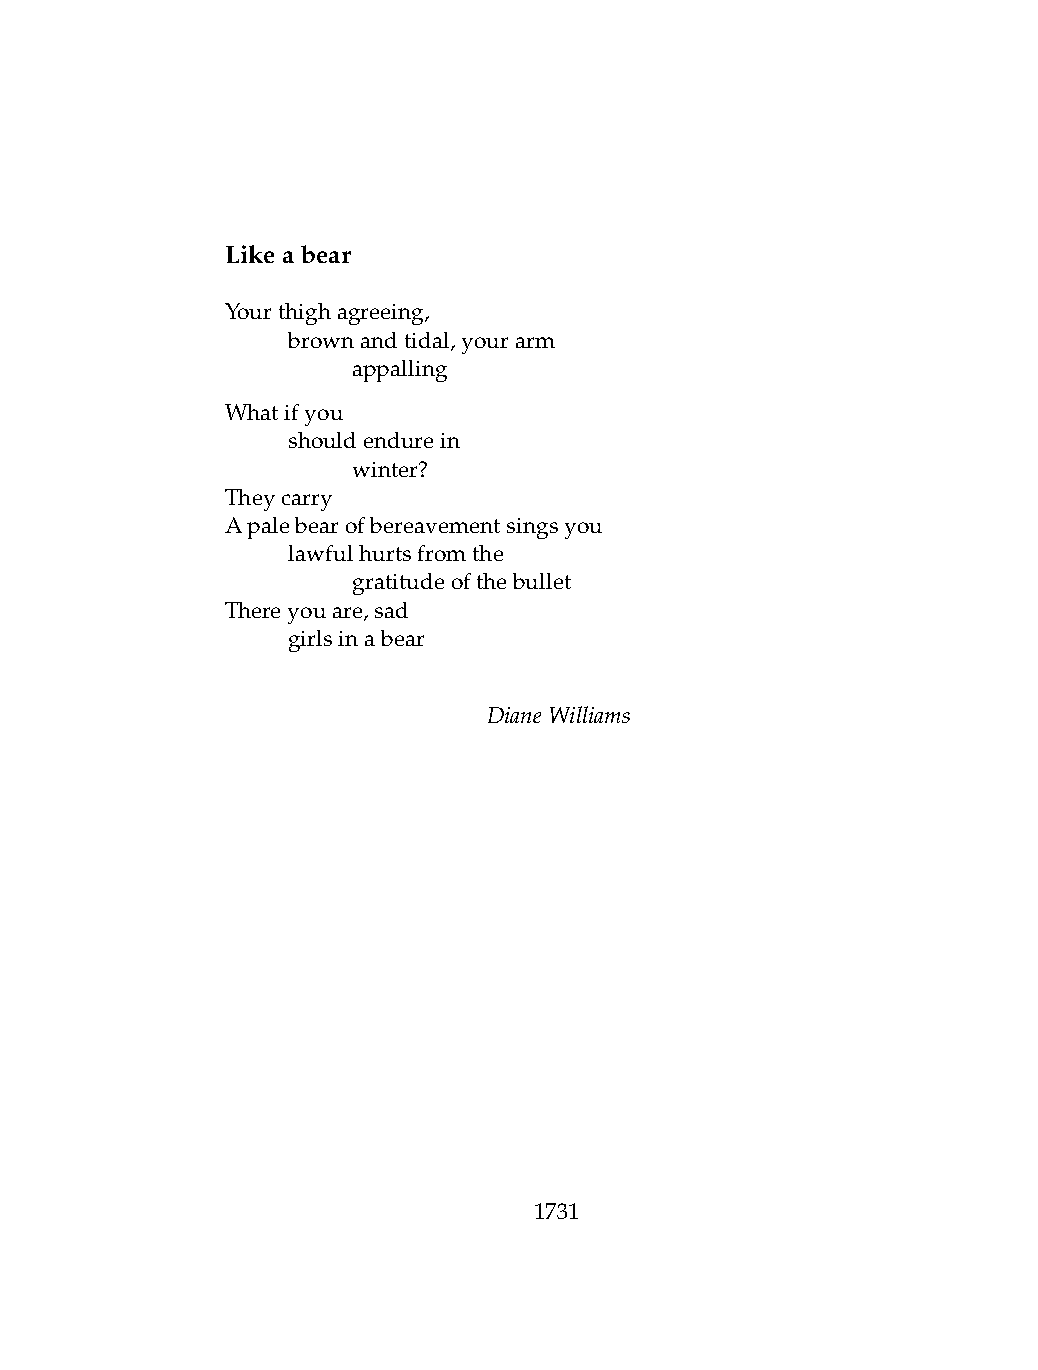
Likeabear
 Yourthighagreeing,
 .   brownandtidal,yourarm
 .   .   appalling
 Whatifyou
 .   shouldendurein
 .   .   winter?
 Theycarry
 Apalebearofbereavementsingsyou
 .   lawfulhurtsfromthe
 .   .   gratitudeofthebullet
 Thereyouare,sad
 .   girlsinabear
 DianeWilliams
 1731